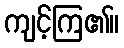
ကျင့်ကြ၏။